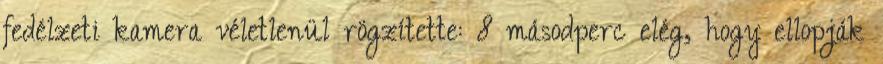
fedélzeti kamera véletlenül rögzítette: 8 másodperc elég, hogy ellopják